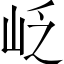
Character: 𡶉